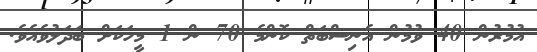
އުމުރުން 40 ވުމުން އެނިސްބަތް ކޮންމެ 70 ން 1 މީހަކަށް ބަދަލުވެއެވެ.